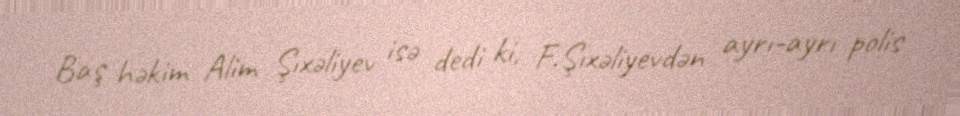
Baş həkim Alim Şıxəliyev isə dedi ki, F.Şıxəliyevdən ayrı-ayrı polis